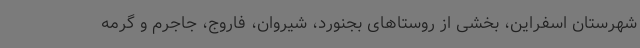
شهرستان اسفراین، بخشی از روستاهای بجنورد، شیروان، فاروج، جاجرم و گرمه